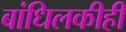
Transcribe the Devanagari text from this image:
बांधिलकीही